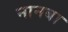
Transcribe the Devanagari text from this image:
नानबा